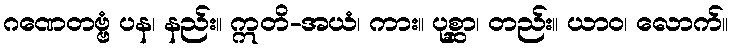
ဂဏေတဗ္ဗံ ပန၊ နည်း။ ဣတိ-အယံ၊ ကား။ ပုစ္ဆာ၊ တည်း။ ယာဝ၊ လောက်။